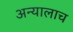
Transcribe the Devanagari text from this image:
अन्यालाच